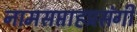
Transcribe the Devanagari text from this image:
नामसप्ताहप्रसंगी